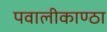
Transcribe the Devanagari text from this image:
पवालीकाण्ठा